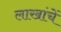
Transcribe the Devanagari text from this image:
लाखांचें